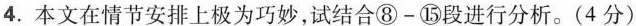
4.本文在情节安排上极为巧妙，试结合⑧-⑤段进行分析。(4分)